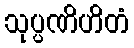
သုပ္ပဏိဟိတံ